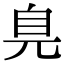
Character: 𦣾